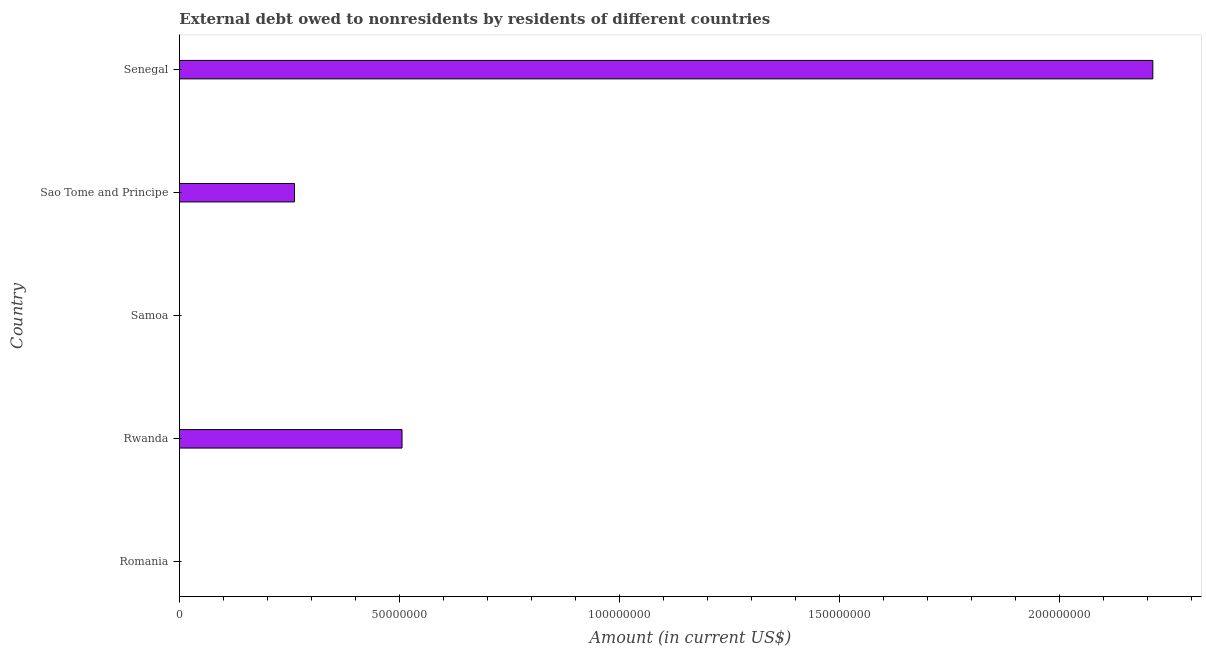
| Country | Debt |
 | --- | --- |
 | Romania | -1.57e+09 |
 | Rwanda | 5.06e+07 |
 | Samoa | -3.88e+05 |
 | Sao Tome and Principe | 2.62e+07 |
 | Senegal | 2.21e+08 |